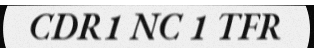
CDR1 NC 1 TFR